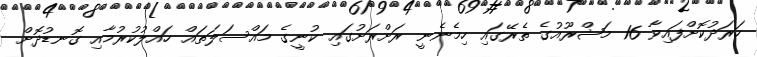
ހަރަދުކޮށްފައިވާ 16 މަޝްރޫއުގެ ތެރޭގައި ހިމެނެނީ ރަށްރަށުގައި ކުނީގެ މައްސަލަތައް ހައްލުކުރުމާއި ގޮނޑުދޮށް